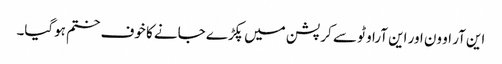
این آر او ون اور این آراو ٹو سے کرپشن میں پکڑے جانے کا خوف ختم ہوگیا۔